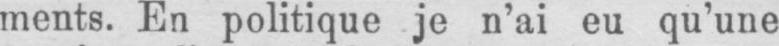
ments. En politique je n’ai eu qu’une